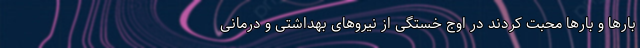
بارها و بارها محبت کردند در اوج خستگی از نیروهای بهداشتی و درمانی